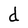
Character: d